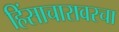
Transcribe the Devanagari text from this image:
हिंसाचारावरचा